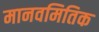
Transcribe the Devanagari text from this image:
मानवमितिक